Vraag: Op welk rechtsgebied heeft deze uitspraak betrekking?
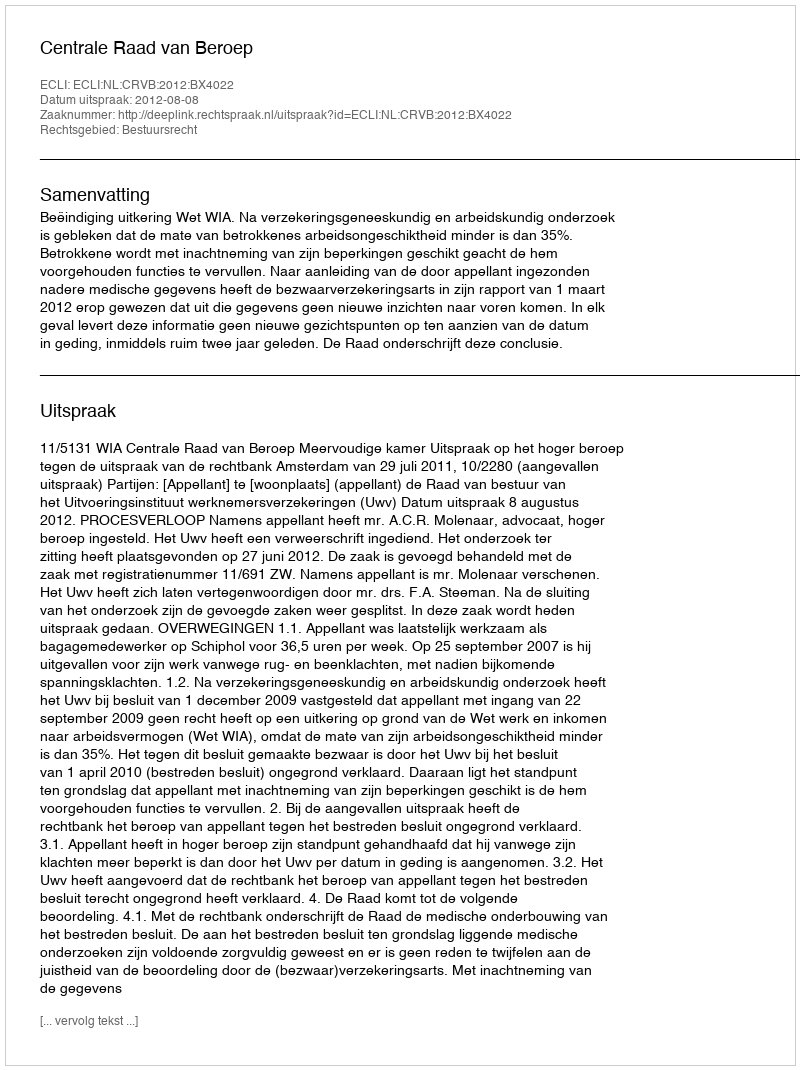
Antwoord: Bestuursrecht